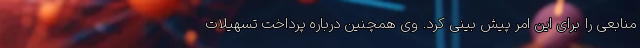
منابعی را برای این امر پیش بینی کرد. وی همچنین درباره پرداخت تسهیلات